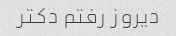
دیروز رفتم دکتر